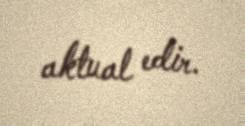
aktual edir.